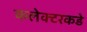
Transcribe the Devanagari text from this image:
कलेक्टरकडे